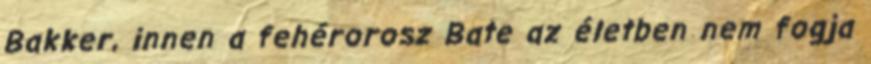
Bakker, innen a fehérorosz Bate az életben nem fogja